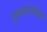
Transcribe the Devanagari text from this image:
तुकडोजीका